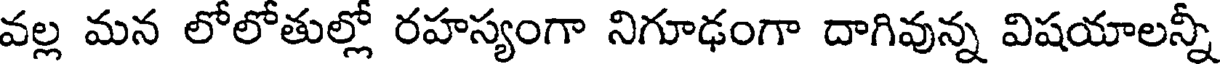
వల్ల మన లోలోతుల్లో రహస్యంగా నిగూఢంగా దాగివున్న విషయాలన్నీ